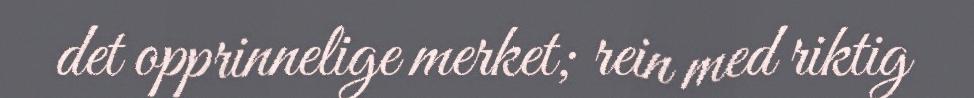
det opprinnelige merket; rein med riktig